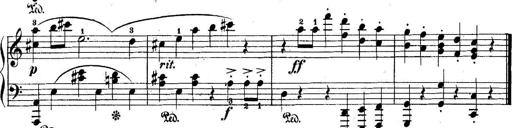
Title: 5 Sonatinas
Composer: Theodor Kirchner